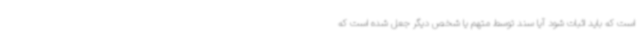
است که باید اثبات شود آیا سند توسط متهم یا شخص دیگر جعل شده است که